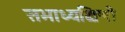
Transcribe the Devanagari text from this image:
सभाध्यक्षिणी